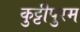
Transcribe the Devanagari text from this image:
कुट्टीपुरम